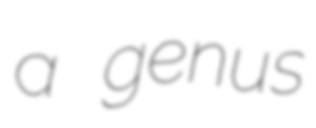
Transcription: a genus